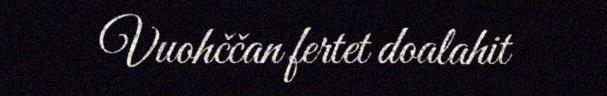
Vuohččan fertet doalahit